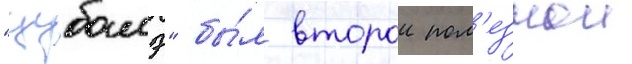
"цубамэ" бы́л второи пол'езнои